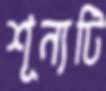
শূন্যটি